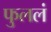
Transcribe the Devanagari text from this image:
फुललं